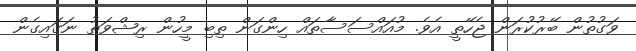
ވަގުތުން ބޭރުކުރަން ޖެހޭތީ އެވެ. މުއައްސަސާތައް ހިންގަން ތިބި މީހުން ރިޝްވަތު ނަގައިގެން